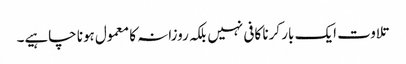
تلاوت ایک بار کرنا کافی نہیں بلکہ روزانہ کا معمول ہونا چاہیے۔